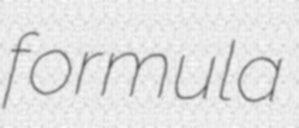
formula